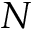
N